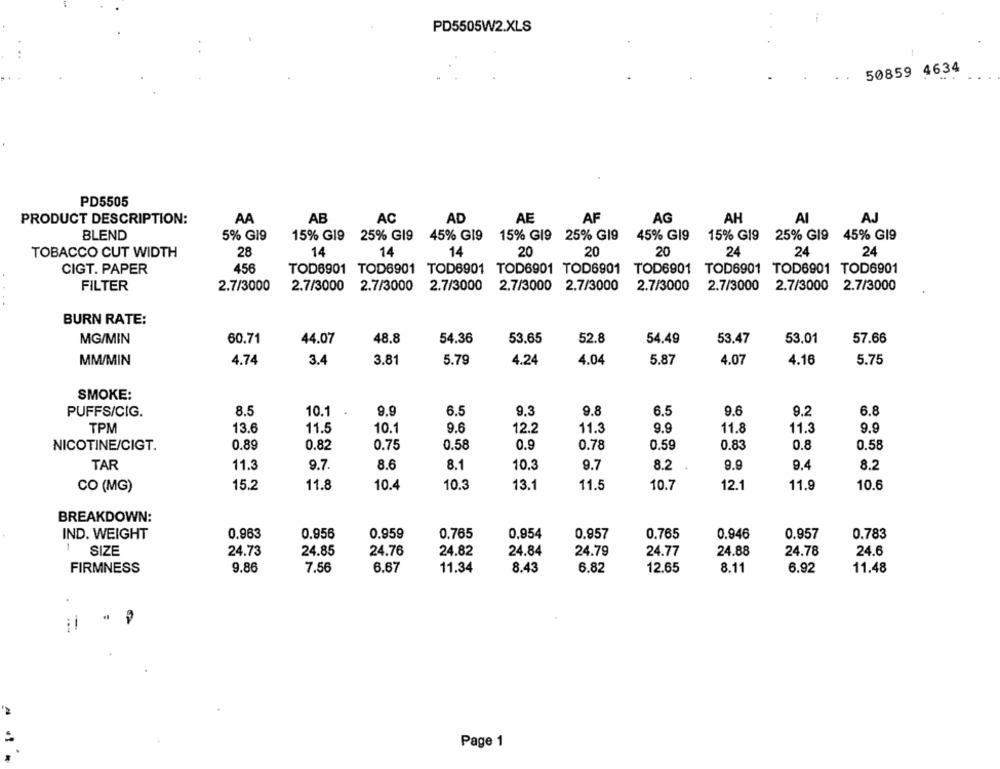
PD5505W2.XLS
50859 4634
PD5505
PRODUCT DESCRIPTION:
AA
AB
AC
AD
AE
AF
AG
AH
AI
AJ
BLEND
5% G19
15% G19 25% G19 45% G19 15% G19 25% GI9
45% G19 15% G19 25% G19 45% G19
TOBACCO CUT WIDTH
28
14
14
14
20
20
20
24
24
24
CIGT. PAPER
456
TOD6901 TOD6901 TOD6901 TOD6901 TOD6901 TOD6901 TOD6901 TOD6901 TOD6901
FILTER
2.7/3000
2.7/3000 2.7/3000 2.7/3000 2.7/3000 2.7/3000
2.7/3000
2.7/3000 2.7/3000 2.7/3000
BURN RATE:
48.8
57.66
MG/MIN
60.71
44.07
54.36
53.65
52.8
54.49
53.47
53.01
MM/MIN
4.74
3.4
3.81
5.79
4.24
4.04
5.87
4.07
4.16
5.75
SMOKE:
PUFFS/CIG.
8.5
10.1
9.9
6.5
9.3
9.8
6.5
9.6
9.2
6.8
TPM
13.6
11.5
10.1
9.6
12.2
11.3
9.9
11.8
11.3
9.9
NICOTINE/CIGT.
0.89
0.82
0.75
0.58
0.9
0.78
0.59
0.83
0.8
0.58
TAR
11.3
9.7
8.6
8.1
10.3
9.7
8.2
9.9
9.4
8.2
CO (MG)
15.2
11.8
10.4
10.3
13.1
11.5
10.7
12.1
11.9
10.6
BREAKDOWN:
IND. WEIGHT
0,963
0.956
0.959
0.765
0,954
0.957
0,765
0.946
0.957
0.783
SIZE
24.73
24.85
24.76
24.82
24.84
24.79
24.77
24.88
24.78
24.6
FIRMNESS
9.86
7.56
6.67
11.34
8.43
6.82
12.65
8.11
6.92
11.48
=
Page 1